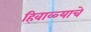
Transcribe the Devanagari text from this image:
हिवाळ्याचे